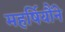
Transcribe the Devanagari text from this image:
महर्षियौंने